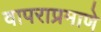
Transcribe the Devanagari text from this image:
वापराप्रमाणे